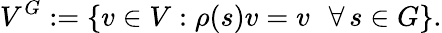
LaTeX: V^{G}:=\{ v\in V:\rho(s)v=v\, \, \, \, \forall\, s\in G\} .